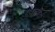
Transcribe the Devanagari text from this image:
गज़नविद